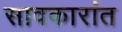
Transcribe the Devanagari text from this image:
सावकारांत